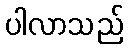
ပါလာသည်